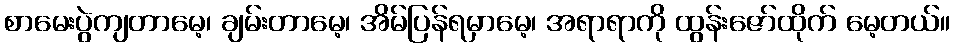
စာမေးပွဲကျတာမေ့၊ ချမ်းတာမေ့၊ အိမ်ပြန်ရမှာမေ့၊ အရာရာကို ထွန်းဇော်ထိုက် မေ့တယ်။